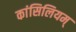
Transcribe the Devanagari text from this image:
कांसिलियम्